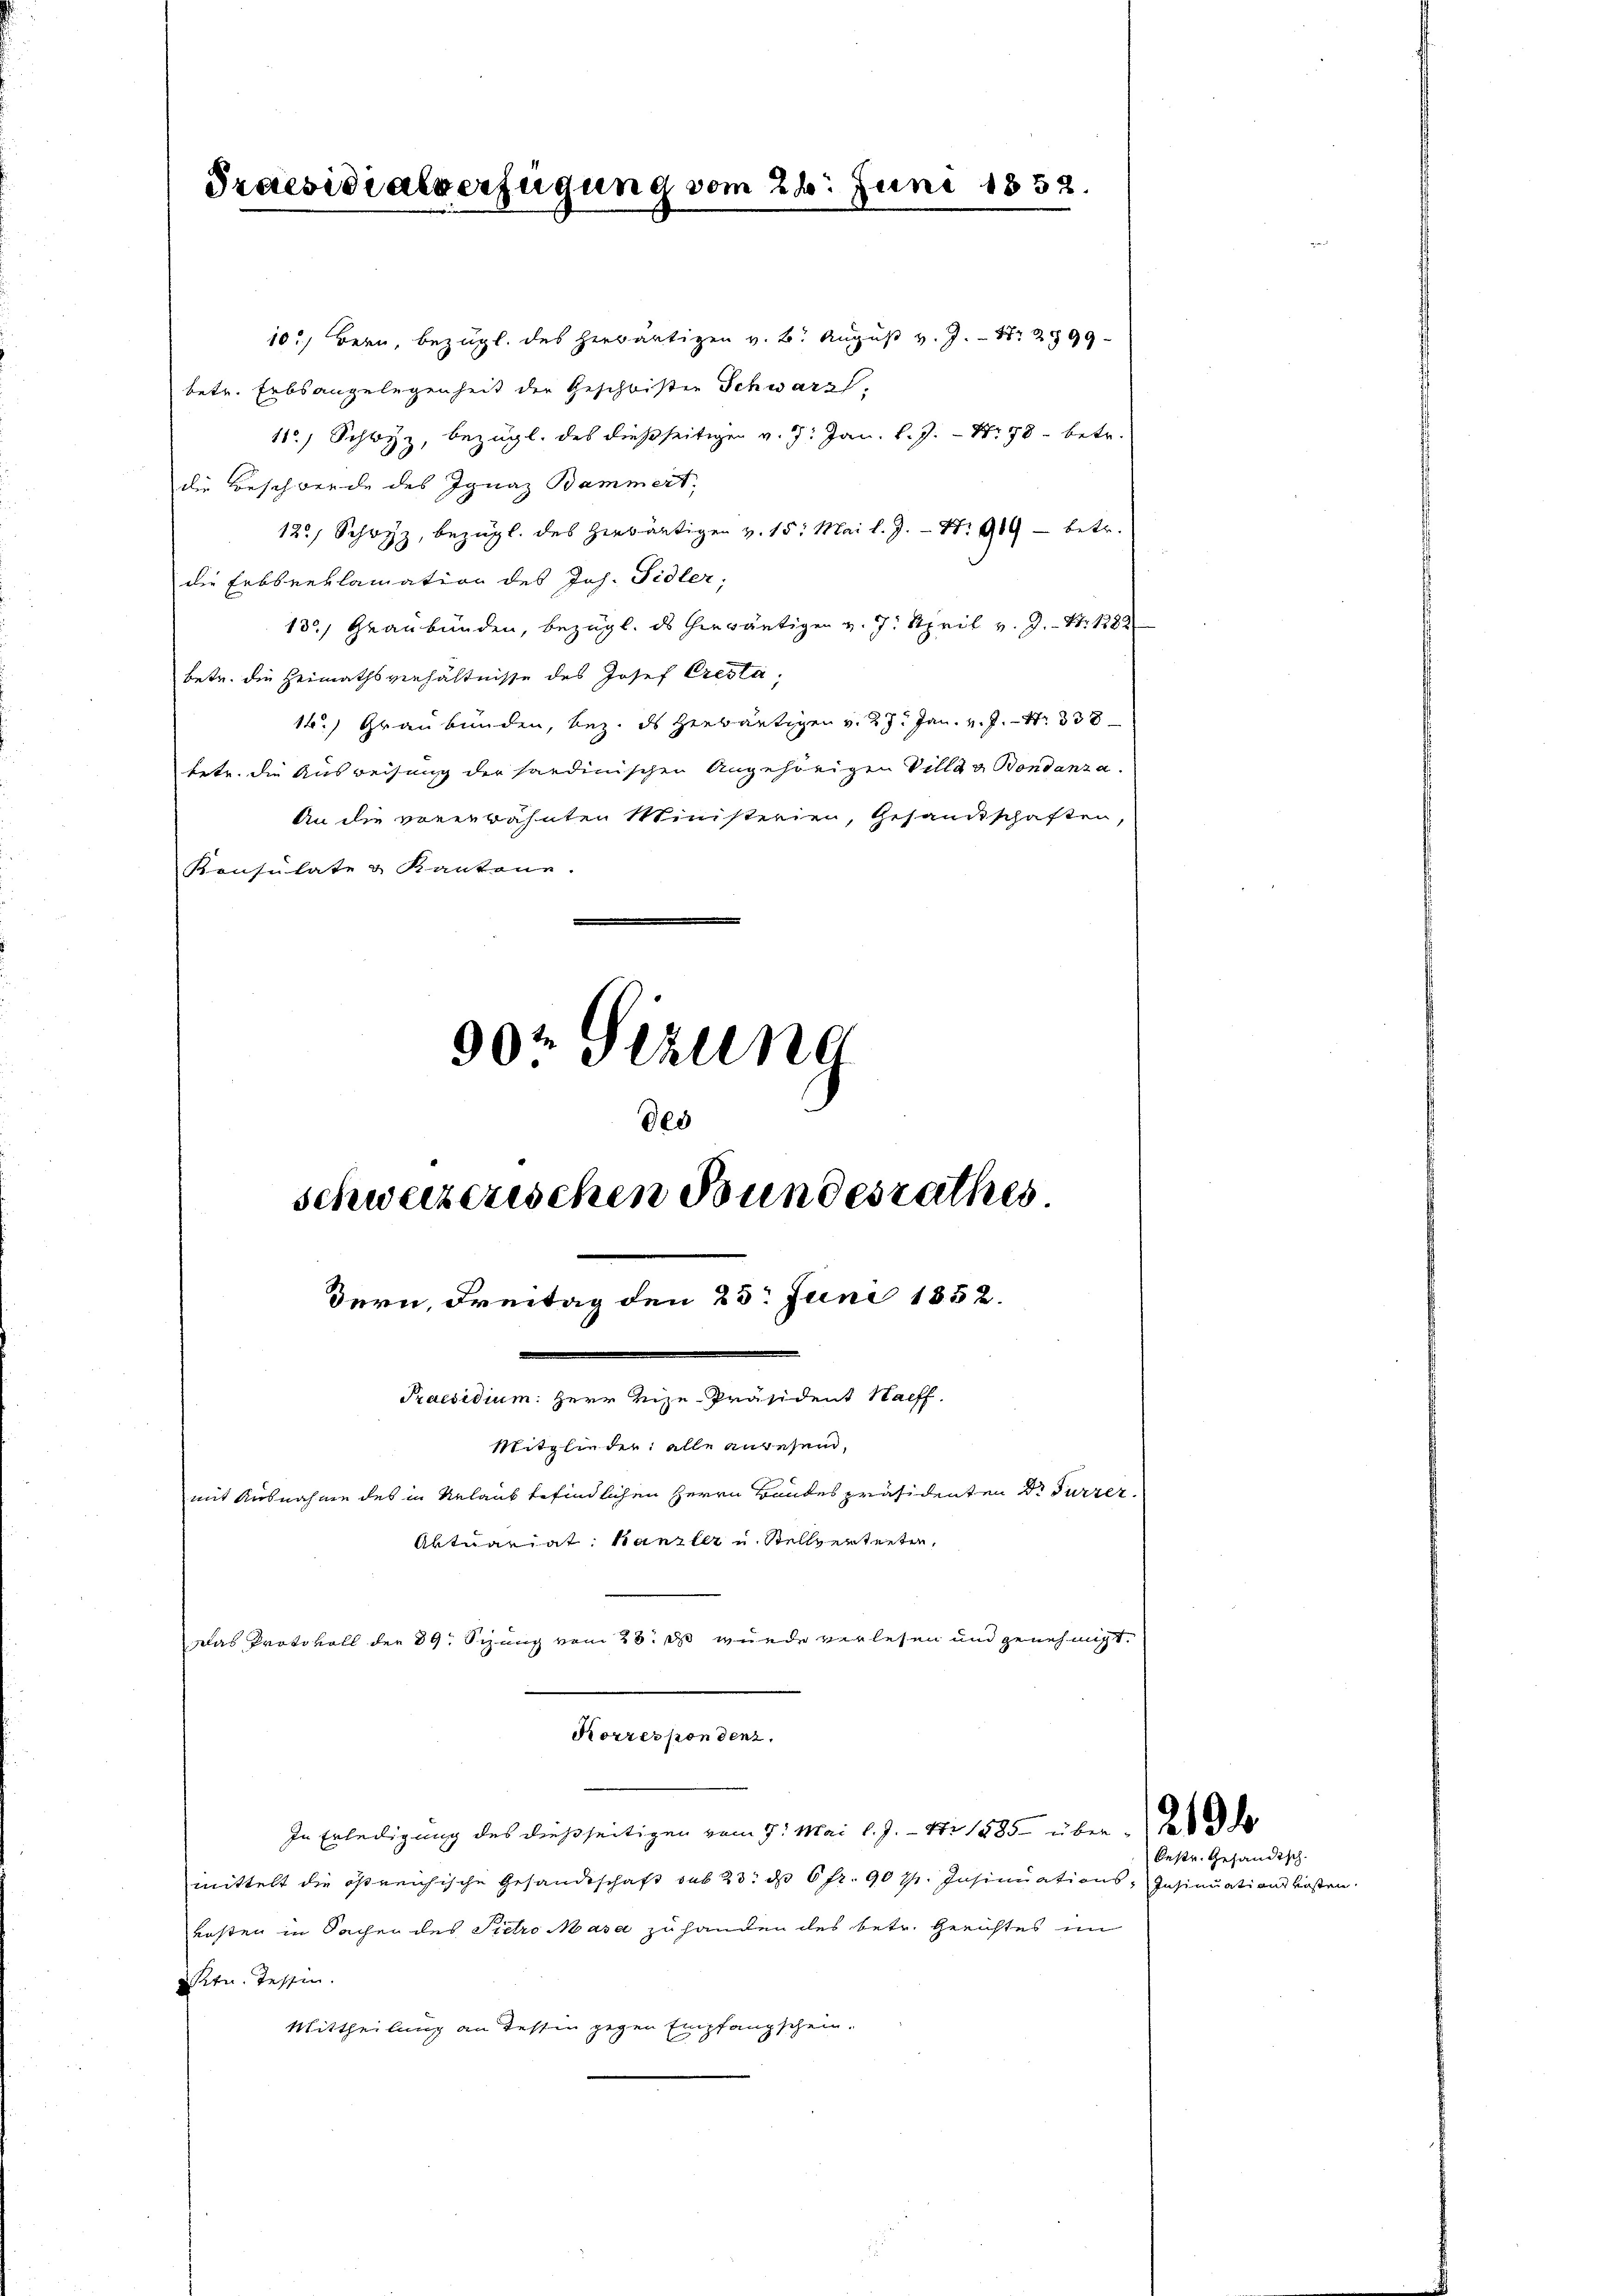
Praesidialverfügung vom 28. Juni 1852.

10.) Bern, bezügl. des herwärtigen v. B. August v. J. Nr. 2899
betr. Erbsangelegenheit der Geschwisten Schwarz,
11.) Schwyz, bezügl. des dießseitigen v. J. Jan. l. J. - Nr. 78 betr.
die Beschwerde des Ignaz Bammert;
125, Schwyz, bezügl. des herwärtigen v. 15. Mai l. J. - Nr. 909 - betr.
die Erbsreklamation des Joh. Fidler;
13, Graubünden, bezügl. ds herwärtigen v. J. April v. J. N. 1382
betr. die Heimathsverhältnisse des Josef Cresta
14.) Graubünden, bez. ds Herbäutigen v. 27. Jan. v. J. Nr. 338
betr. die Ausweisung der sardinischen Angehörigen Villa v. Bondanza.
An die vorerwähnten Ministerien, Gesandtschaften,
Konsulate & Kantone.
90. Gerung
des

Das Protokoll der 39. Sizung vom 25. ds wurde verlesen und genehmigt.

Korrespondenz.
In Erledigung des dießseitigen vom 9. Mai l. J. - Nr 1885 über de
mittelt die östreichische Gesandtschaft sub 23. d. 6 fr. 90 f. Insinuations-Insinuationskosten.
kosten in Sachen des Pietro Masa zu handen des betr. Gerichtes im
tn. Tessin.
Mittheilung an Tessin gegen Empfangschein.

schweizerischen Bundesrathes
dern, Freitag den 25. Juni 1852.
Praesidium. Herr Vize-Präsident Haeff.
Mitglieder alle anwesend,
mit Ausnahme des in Urlaub befindlichen Herrn Bandespräsidenten Dr Furrer
Aktuariat. Kanzler u. Stellvertreten,

bestr. Gesandtsch.